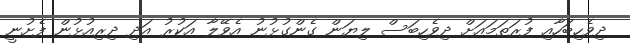
ދިވެހިބަހާއި ފުރަތަމައަށް ދިވެހިބަސް ލިޔަން ގެންގުޅުނު އެވޭލާ އަކުރު އަދި ދިރިއުޅުން ފެށުނީ